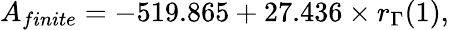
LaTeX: A_{finite}=-519.865+27.436\times r_{\Gamma}(1),